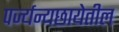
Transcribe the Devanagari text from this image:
पर्ज्यन्यछायेतील